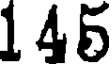
145